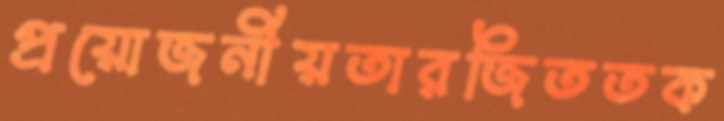
প্রয়োজনীয়তারজিততক